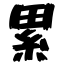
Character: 累